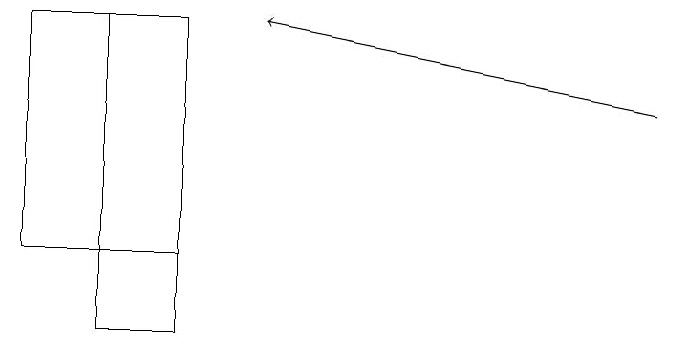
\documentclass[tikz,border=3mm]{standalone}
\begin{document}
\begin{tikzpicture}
\draw[->] (9,14) -- (4,15);
\draw (2,15) rectangle (3,11);
\draw (3,15) rectangle (1,12);
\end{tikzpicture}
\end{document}